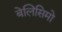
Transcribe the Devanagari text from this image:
बेलिसिमो